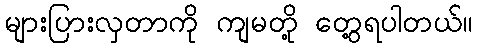
များပြားလှတာကို ကျမတို့ တွေ့ရပါတယ်။